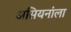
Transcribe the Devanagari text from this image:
असियनांला